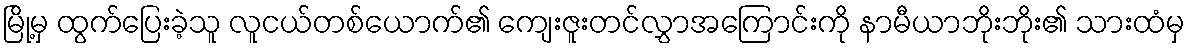
မြို့မှ ထွက်ပြေးခဲ့သူ လူငယ်တစ်ယောက်၏ ကျေးဇူးတင်လွှာအကြောင်းကို နာမီယာဘိုးဘိုး၏ သားထံမှ